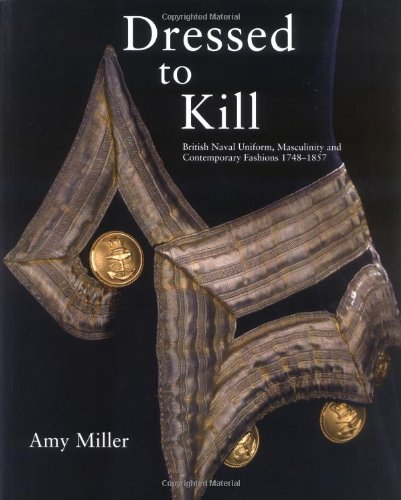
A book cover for Dressed to Kill: British Naval Uniform, Masculinity and Contemporary Fashions, 1748-1857; Amy Miller; History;